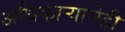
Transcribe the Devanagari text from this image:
अधिकाऱ्यानेही